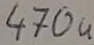
Text: 470u